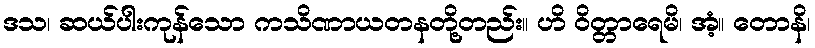
ဒသ၊ ဆယ်ပါးကုန်သော ကသိဏာယတနတို့တည်း။ ဟိ ဝိတ္တာရေမိ၊ အံ့။ တောနိ၊